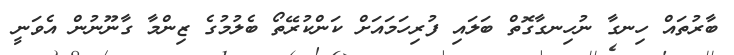
ބާރުތައް ހިނގާ ނުހިނގާގޮތް ބަލައި ފުރިހަމައަށް ކަންކުރޭތޯ ބެލުމުގެ ޒިންމާ ގާނޫނުން އެވަނީ